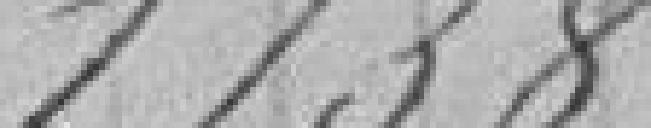
1738